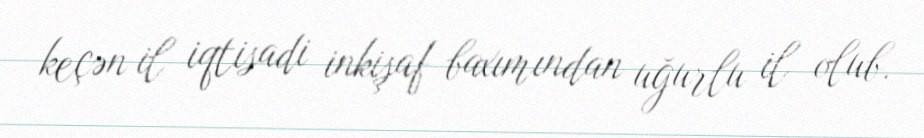
keçən il iqtisadi inkişaf baxımından uğurlu il olub.